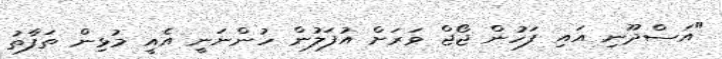
"އަސްދޫނި އައި ފަހުން ޖޯޖް ވަރަށް އުފަލުން ހުންނަނީ އެއީ މުޅިން ތަފާތު